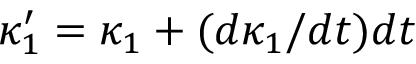
\kappa _ { 1 } ^ { \prime } = \kappa _ { 1 } + ( d \kappa _ { 1 } / d t ) d t